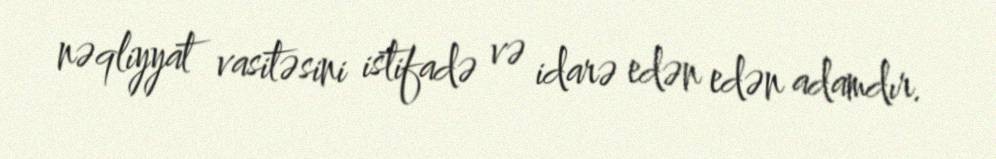
nəqliyyat vasitəsini istifadə və idarə edən edən adamdır.